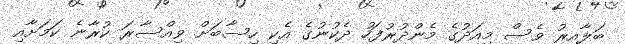
ބަލާއިރު ވެސް މިއަދުގެ މެންދުރުފަހު ދެކުނުގެ އެކި ހިސާބަށް ވިއްސާރަ ކުރާނެ ކަމަށާއި